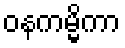
ဝနကမ္မိကာ